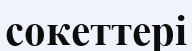
сокеттері